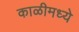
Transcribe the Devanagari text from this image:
काळीमध्ये